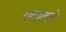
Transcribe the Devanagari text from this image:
गटातले